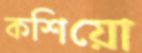
কশিয়ো